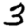
Digit: 3